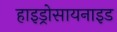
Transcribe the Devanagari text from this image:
हाइड्रोसायनाइड